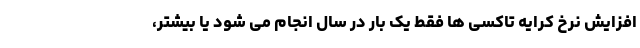
افزایش نرخ کرایه تاکسی ها فقط یک بار در سال انجام می شود یا بیشتر،